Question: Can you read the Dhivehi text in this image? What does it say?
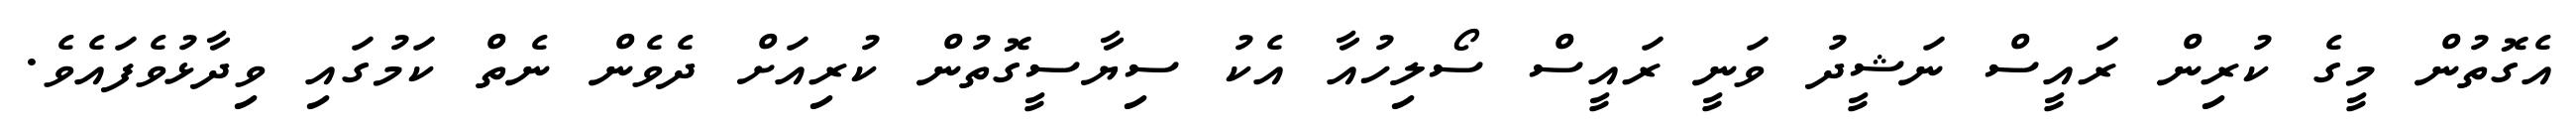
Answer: އެގޮތުން މީގެ ކުރިން ރައީސް ނަޝީދު ވަނީ ރައީސް ސޯލިހުއާ އެކު ސިޔާސީގޮތުން ކުރިއަށް ދެވެން ނެތް ކަމުގައި ވިދާޅުވެފައެވެ.